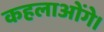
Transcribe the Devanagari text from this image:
कहलाओंगे।